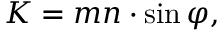
K = m n \cdot \sin \varphi ,